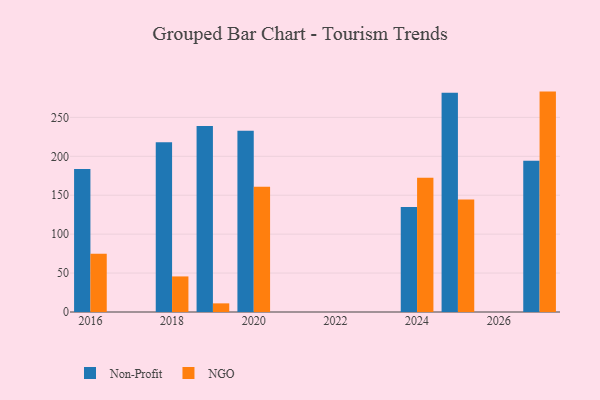
{"axis": {"x": "Year", "y": "Latency (ms)"}, "legend": ["NGO", "Non-Profit"], "data": [{"x": "2018", "y": 218.2, "type": "Non-Profit"}, {"x": "2018", "y": 45.7, "type": "NGO"}, {"x": "2025", "y": 281.5, "type": "Non-Profit"}, {"x": "2025", "y": 144.5, "type": "NGO"}, {"x": "2020", "y": 232.7, "type": "Non-Profit"}, {"x": "2020", "y": 161.0, "type": "NGO"}, {"x": "2024", "y": 134.8, "type": "Non-Profit"}, {"x": "2024", "y": 172.3, "type": "NGO"}, {"x": "2016", "y": 183.7, "type": "Non-Profit"}, {"x": "2016", "y": 74.9, "type": "NGO"}, {"x": "2019", "y": 238.8, "type": "Non-Profit"}, {"x": "2019", "y": 11.1, "type": "NGO"}, {"x": "2027", "y": 194.4, "type": "Non-Profit"}, {"x": "2027", "y": 283.1, "type": "NGO"}]}